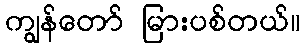
ကျွန်တော် မြားပစ်တယ်။